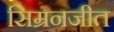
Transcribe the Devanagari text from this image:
सिम्रनजीत